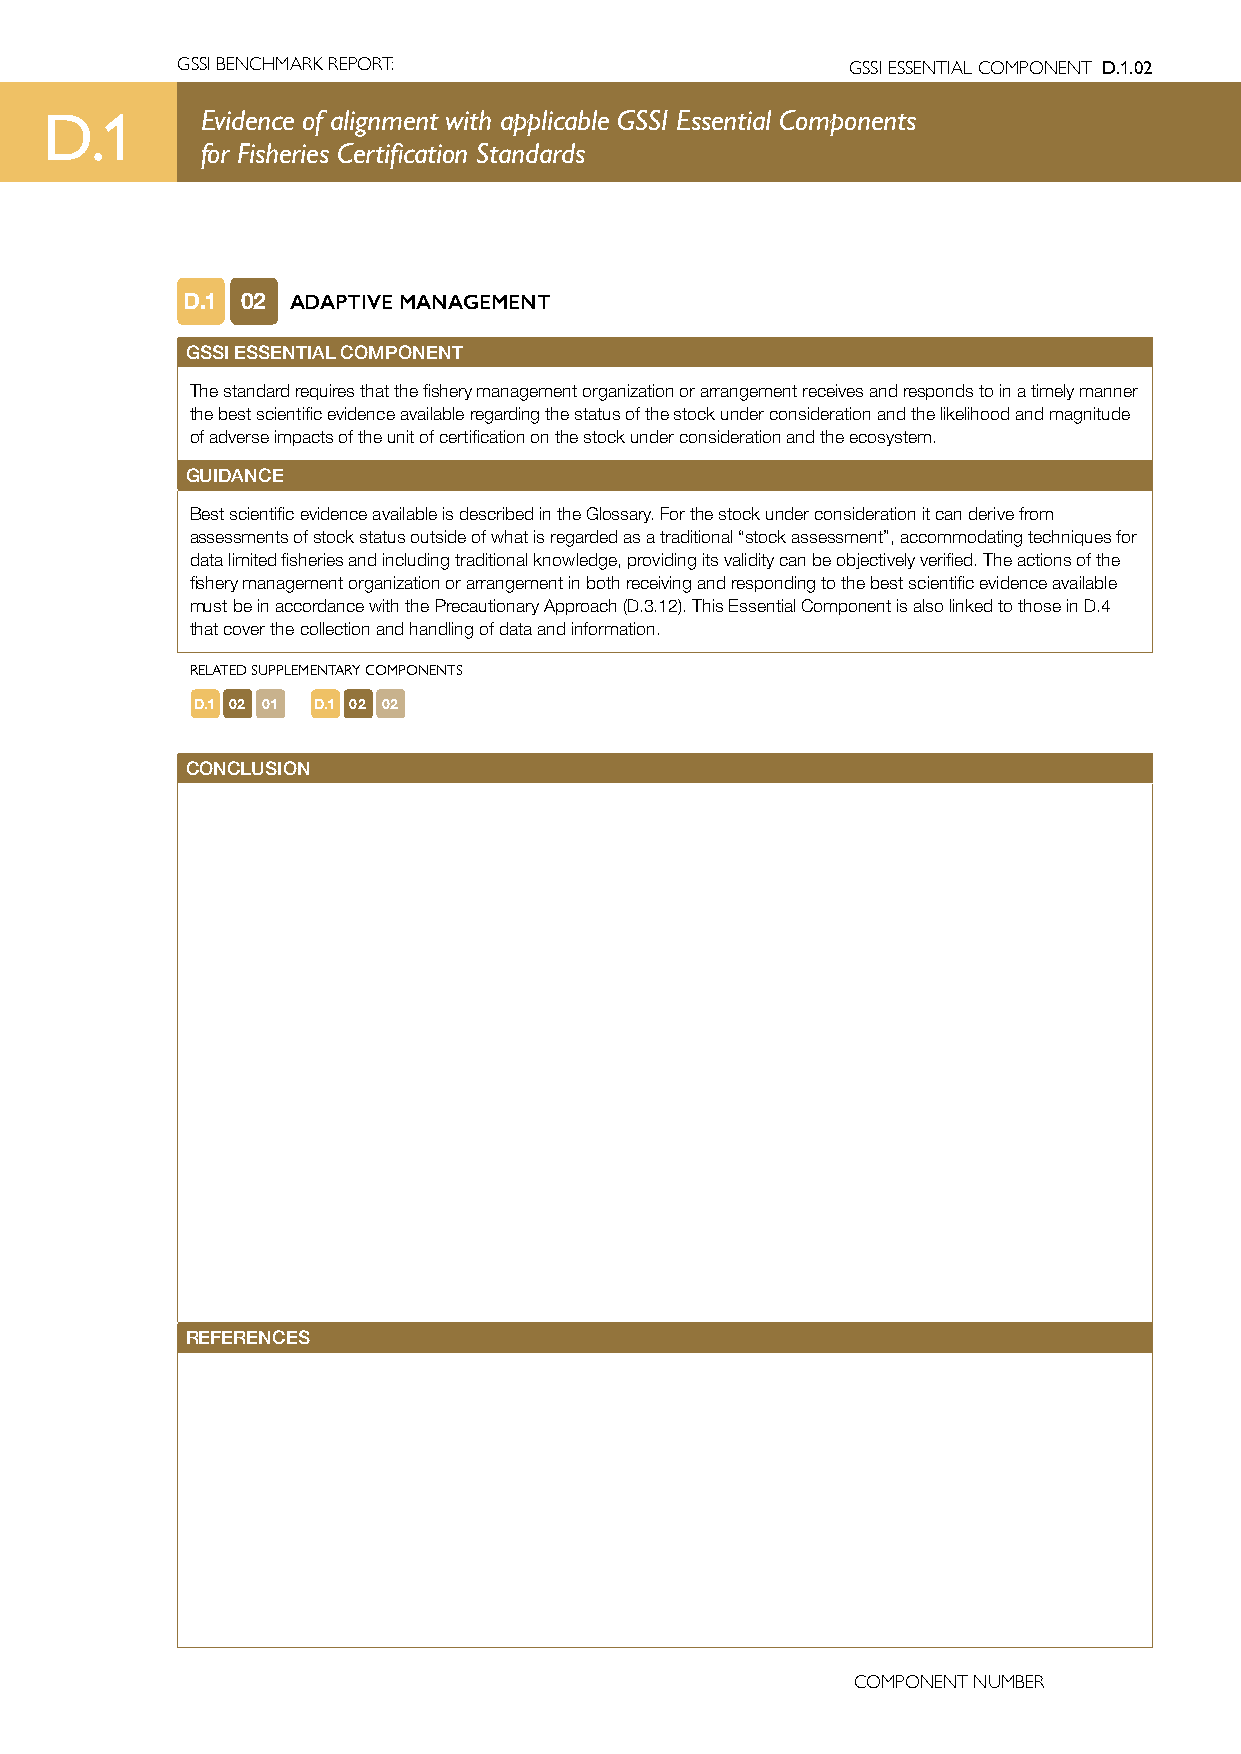
GSSI BENCHMARK REPORT:                      GSSI ESSENTIAL COMPONENT D.1.02
 D.1       Evidence of alignment with applicable GSSI Essential Components
 for Fisheries Certification Standards
 D.1 02 ADAPTIVE MANAGEMENT
 GSSI ESSENTIAL COMPONENT
 The standard requires that the fishery management organization or arrangement receives and responds to in a timely manner
 the best scientific evidence available regarding the status of the stock under consideration and the likelihood and magnitude
 of adverse impacts of the unit of certification on the stock under consideration and the ecosystem.
 GUIDANCE
 Best scientific evidence available is described in the Glossary. For the stock under consideration it can derive from
 assessments of stock status outside of what is regarded as a traditional “stock assessment”, accommodating techniques for
 data limited fisheries and including traditional knowledge, providing its validity can be objectively verified. The actions of the
 fishery management organization or arrangement in both receiving and responding to the best scientific evidence available
 must be in accordance with the Precautionary Approach (D.3.12). This Essential Component is also linked to those in D.4
 that cover the collection and handling of data and information.
 RELATED SUPPLEMENTARY COMPONENTS
 D.1 02 01 D.1 02 02
 CONCLUSION
 REFERENCES
 COMPONENT NUMBER